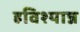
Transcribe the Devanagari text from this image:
हविश्यान्न